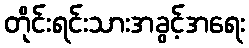
တိုင်းရင်းသားအခွင့်အရေး